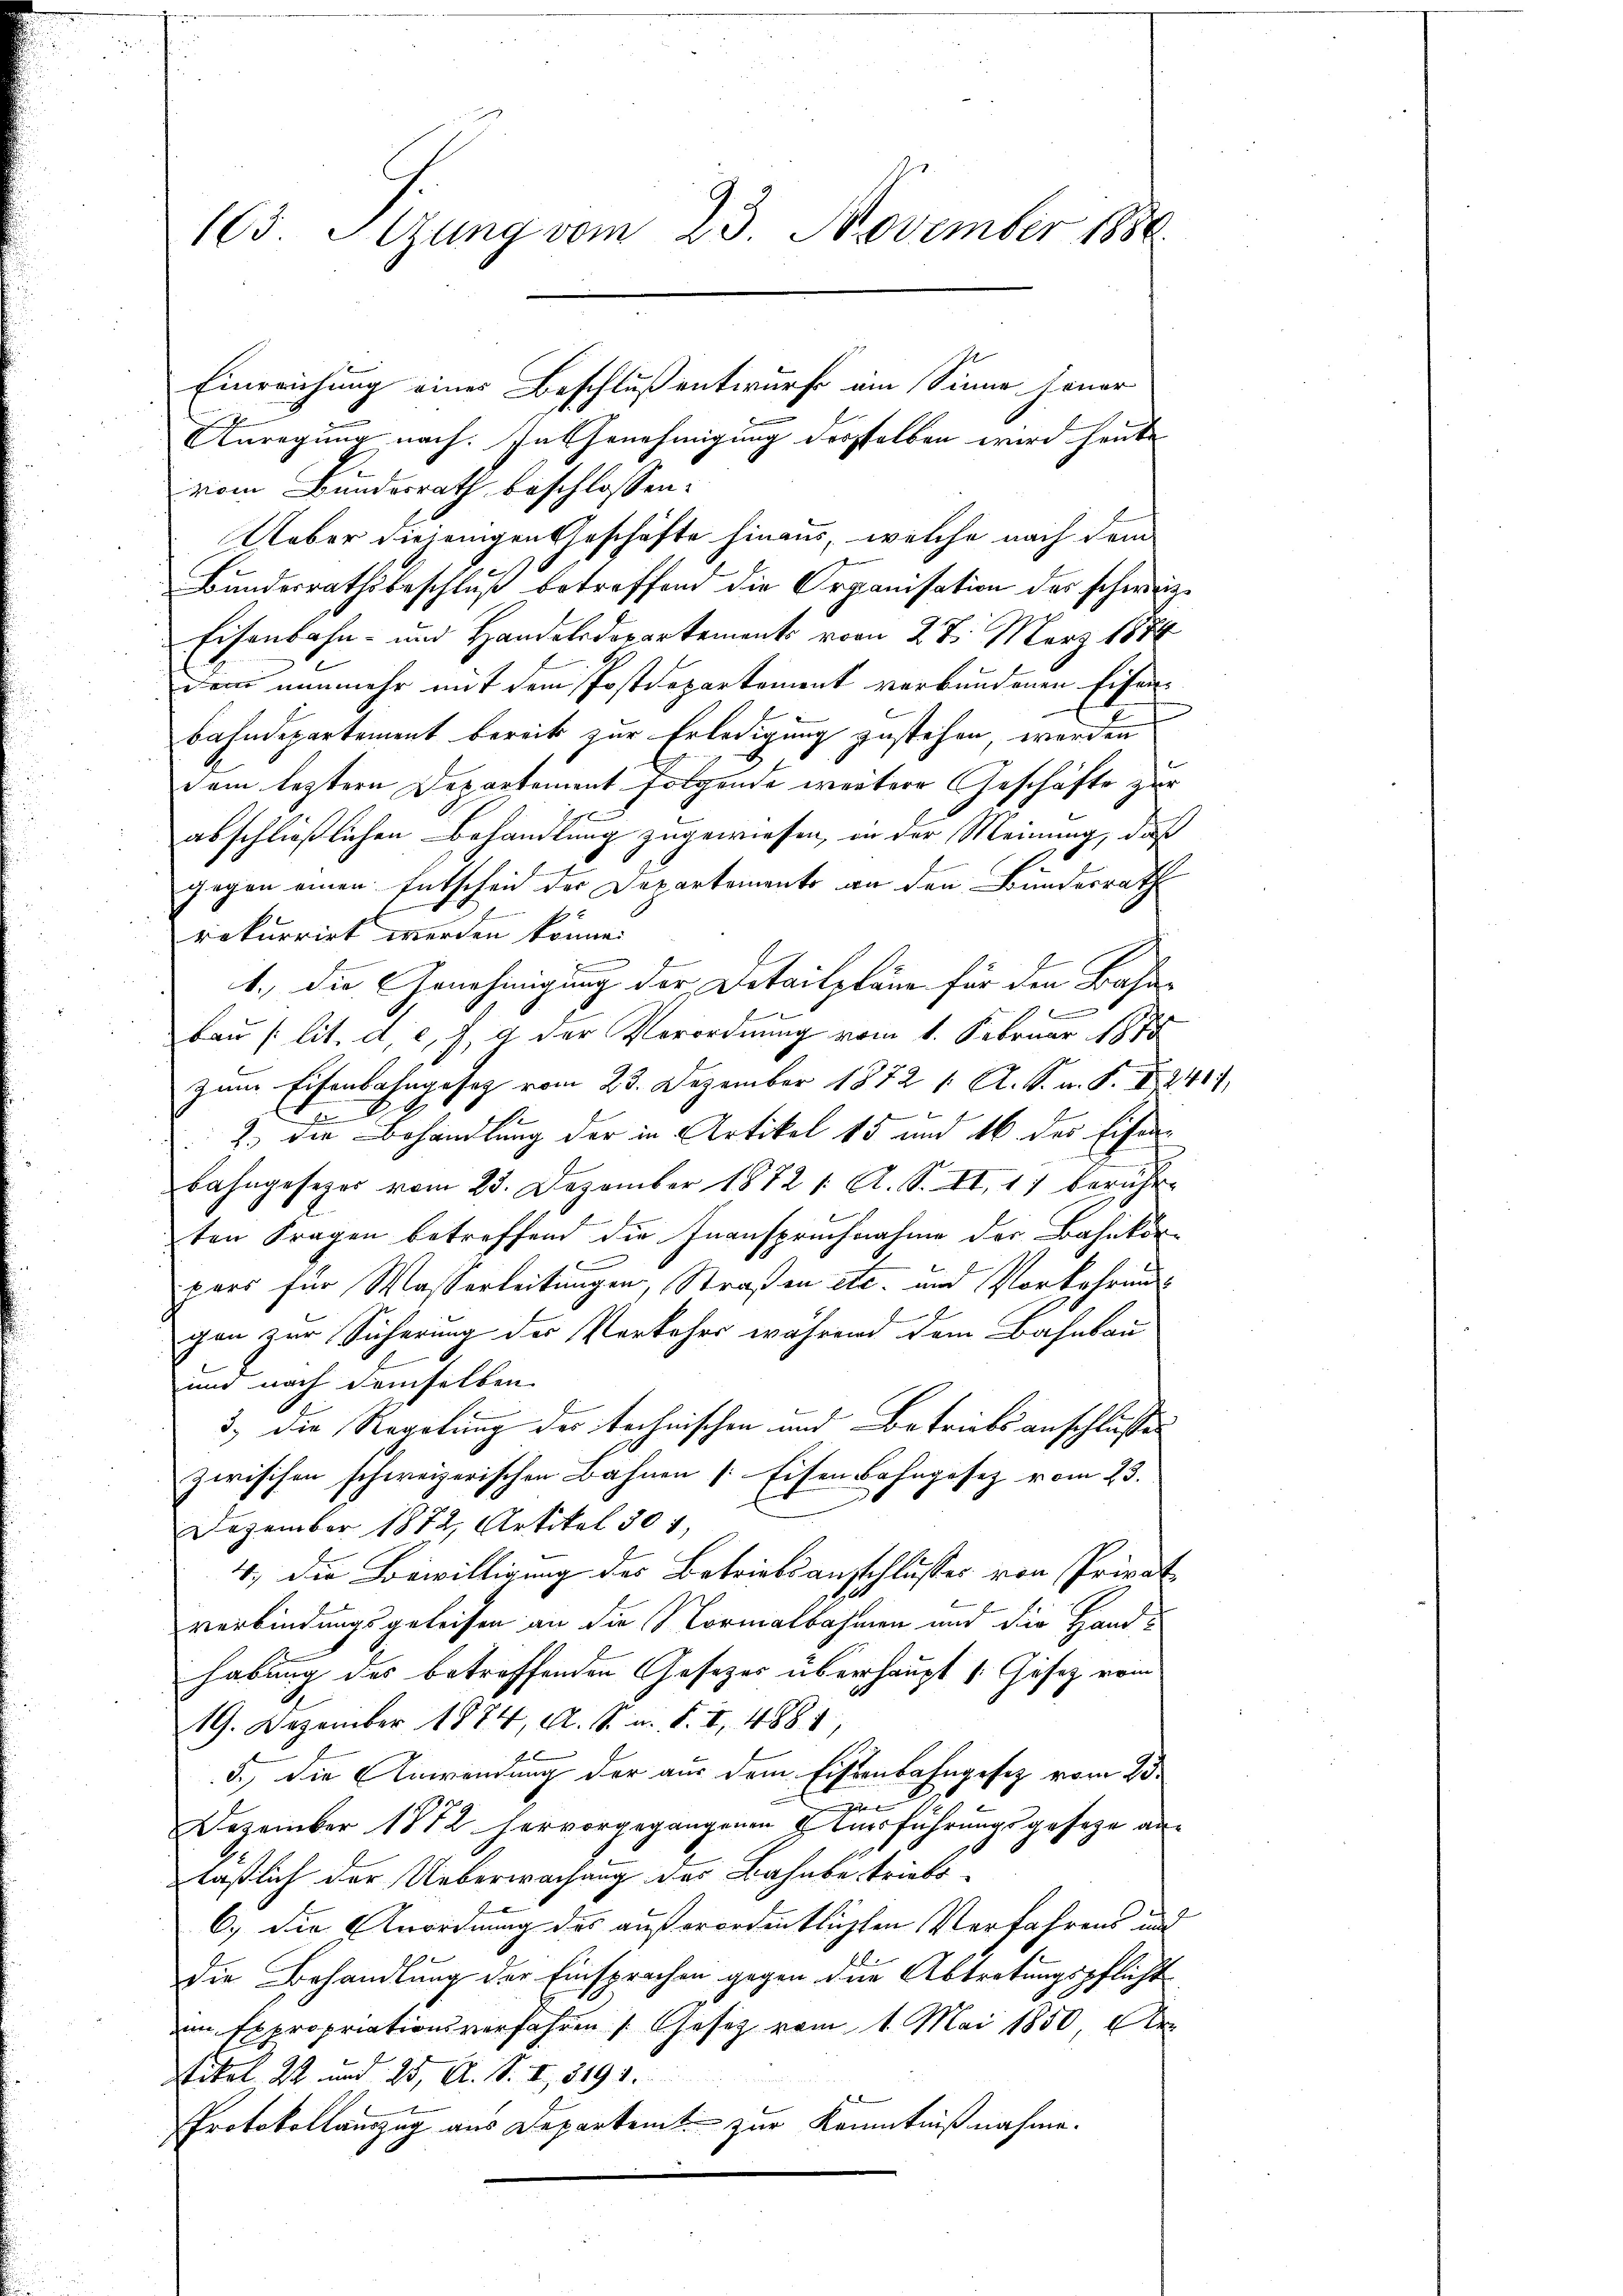
103 Sizung vom 23. November 1880

Anregung nach. In Genehmigung dersselben wird heute
vom Bundesrath beschlossen:
Ueber diejenigen Geschäfte hinaus, welche nach dem
Bŭndesrathsbeschlŭβ betreffend die Organisation der schweiz.
Eisenbahn- und Handelsdepartements vom 27. März 1884
dem nunmehr mit dem Postdepartement verbundenen Eisen-
bahndepartement bereits zur Erledigung zustehen, werden
dem leztern Departement folgende weitere Geschäfte zur
abschließlichen Behandlung zugewiesen, in der Meinung, daß
gegen einen Entscheid der Departements an den Bundesrath
E
rekurrirt werden könne.
n
1., die Genehmigung der Detailpläne für den Bahn¬
.
bau (lit. d, e f g der Verordnung vom 1. Februar 1878
zum Eisenbahngesetz vom 23. Dezember 1872 1. A. S. n. F. II 241),
2

2.) Die Behandlung der in Artikel 15 und 16 des Eisenbahngesezes vom 28. Dezember 1872 1. A. S. II. 17 beruhr-
ten Fragen betreffend die Inanspruchnahme der Bahnkorpars für Wasserleitungen, Straßen etc. und Vorkehrung
gen zur Sicherung der Vorkehrs während dem Bahnbau
und nach demselben
3.) Die Regelung der technischen und Betriebsanschlusses
zwischen schweizerischen Bahnen [Eisen Bahngesetz vom 23.
Dezember 1872, Artikel 501,
4, die Bewilligung des Betriebsansschlusses von Privat
verbindungsgeleisen an die Normalbahnen und die Handhabung des betreffenden Gesetzes überhaupt s. Gesetz vom
19. Dezember 1874, A. S. u. S. I, 1881,
5.) Die Anwendung der aus dem Eisenbahngesetz vom 23.
x
Dezember 1872 hervorgegangenen & Ausführungsgeseze anlaßlich der Ueberwachung des Bahnbetriebs-
6.) Die Anordnung des außerordentlichten Verfahrens und
die Behandlung der Einsprachen gegen der Abtretungspflicht
im Expropriationsverfahren Gesetz vom 1. Mai 1850, Ar
Wikal 22 und 25, A. S. I, 3198.
Protokollamzug aus Departemt zur Kenntnißnahme.

Einreichung eines Beschluß entwurf ein Sinne jener